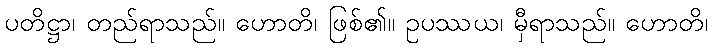
ပတိဋ္ဌာ၊ တည်ရာသည်။ ဟောတိ၊ ဖြစ်၏။ ဥပဿယ၊ မှီရာသည်။ ဟောတိ၊